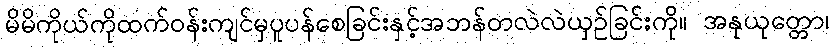
မိမိကိုယ်ကိုထက်ဝန်းကျင်မှပူပန်စေခြင်းနှင့်အဘန်တလဲလဲယှဉ်ခြင်းကို။ အနုယုတ္တော၊